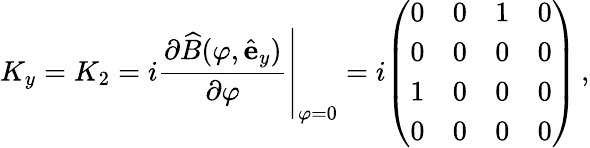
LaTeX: K_{y}=K_{2}=i\left.{\frac{\partial{\widehat{B}}(\varphi,{\hat{\mathbf{e}}}_{y})}{\partial\varphi}}\right|_{\varphi=0}=i{\left(\begin{array}{llll}{0}&{0}&{1}&{0}\\ {0}&{0}&{0}&{0}\\ {1}&{0}&{0}&{0}\\ {0}&{0}&{0}&{0}\end{array}\right)}\, ,